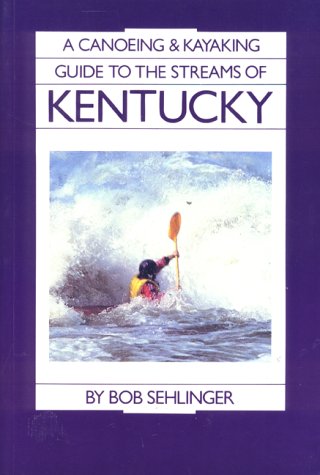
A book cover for A Canoeing and Kayaking Guide to the Streams of Kentucky; Bob Sehlinger; Travel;